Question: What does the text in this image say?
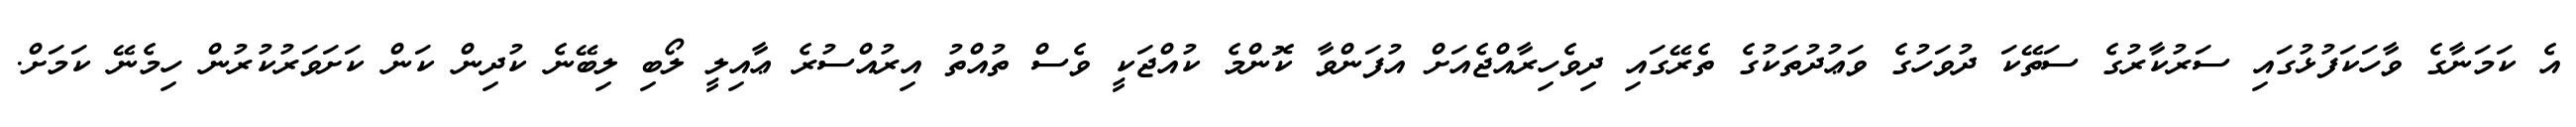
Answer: އެ ކަމަނާގެ ވާހަކަފުޅުގައި ސަރުކާރުގެ ސަތޭކަ ދުވަހުގެ ވަޢުދުތަކުގެ ތެރޭގައި ދިވެހިރާއްޖެއަށް އުފަންވާ ކޮންމެ ކުއްޖަކީ ވެސް ތުއްތު އިރުއްސުރެ ޢާއިލީ ލޯބި ލިބޭނެ ކުދިން ކަން ކަށަވަރުކުރުން ހިމެނޭ ކަމަށް.